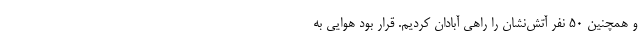
و همچنین ۵۰ نفر آتش‌نشان را راهی آبادان کردیم. قرار بود هوایی به